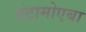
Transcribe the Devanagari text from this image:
एंटामोएबा